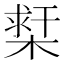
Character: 𣗲